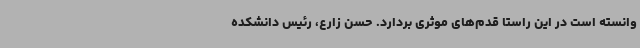
وانسته است در این راستا قدم‌های موثری بردارد. حسن زارع، رئیس دانشکده